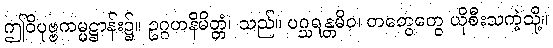
ဤဝိပုဗ္ဗကမ္မဋ္ဌာန်း၌။ ဥဂ္ဂဟနိမိတ္တံ၊ သည်။ ပဂ္ဃရန္တမိဝ၊ တတွေတွေ ယိုစီးသကဲ့သို့။